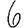
Digit: 6